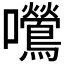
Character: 𫬿